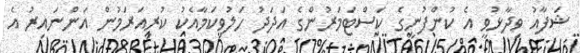
ޝަފާއު ވިދާޅުވީ އެ ކުންފުނީގެ ކަސްޓަމަރުންގެ އަދަދު ހަލުވިކަމާއެކު ކުރިއަރަމުން އަންނައިރު އެ